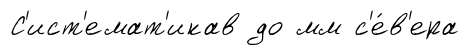
С'ист'емат'икав до мм с'е́в'ера